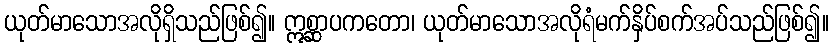
ယုတ်မာသောအလိုရှိသည်ဖြစ်၍။ ဣစ္ဆာပကတော၊ ယုတ်မာသောအလိုရံမက်နှိပ်စက်အပ်သည်ဖြစ်၍။